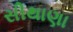
સીથાણા